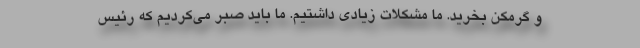
و گرمکن بخرید. ما مشکلات زیادی داشتیم. ما باید صبر می‌کردیم که رئیس